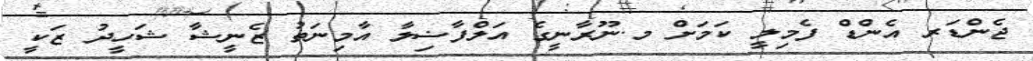
ޖެންޑަރ އެންޑް ފެމިލީ ކަމަށް މ.ނޫރާނީގެ އަލްފާޟިލާ އާމިނަތު ޒެނީޝާ ޝަހީދު ޒަކީ